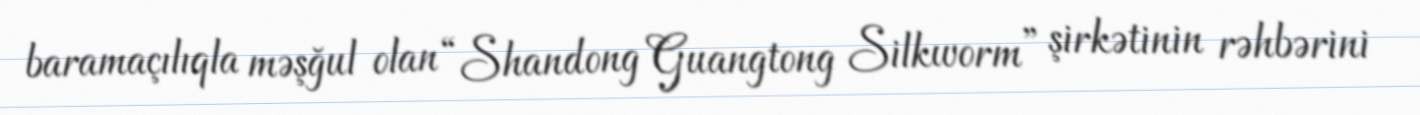
baramaçılıqla məşğul olan “Shandong Guangtong Silkworm” şirkətinin rəhbərini